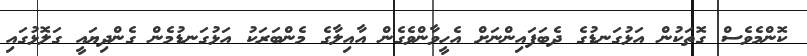
ކޮންމެވެސް ގޮތަކުން އަޅުގަނޑުގެ ދެބަފައިންނަށް އެހީވާންވެގެން އާއިލާގެ މެންބަރަކު އަޅުގަނޑުމެން ގެންދިޔައީ ގަލޮޅުގައި